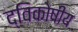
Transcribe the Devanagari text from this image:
द्विकोषीय